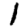
Digit: 1